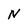
Character: N